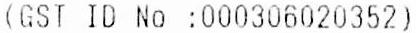
(GST ID NO :000306020352)